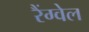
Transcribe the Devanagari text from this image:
रैंग्वेल